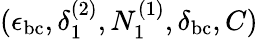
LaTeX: (\epsilon_{\mathrm{bc}},\delta_{1}^{(2)},N_{1}^{(1)},\delta_{\mathrm{bc}},C)